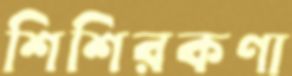
শিশিরকণা